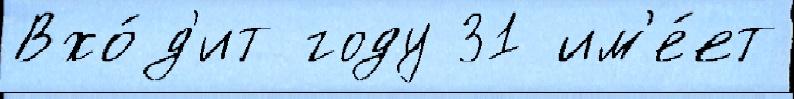
Вхо́д'ит году 31 им'е́ет